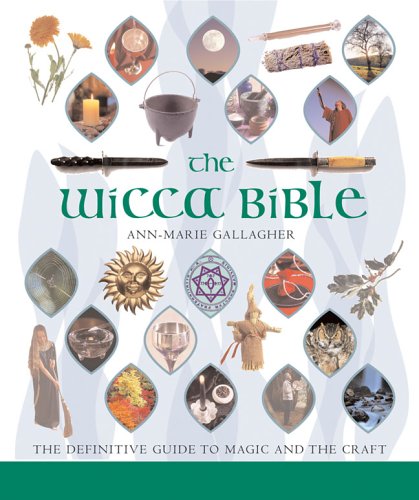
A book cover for The Wicca Bible: The Definitive Guide to Magic and the Craft; Ann-Marie Gallagher; Religion & Spirituality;